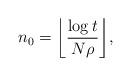
LaTeX: \begin{align*} n_0 = \biggl\lfloor\frac{\log t}{N\rho} \biggr\rfloor,\end{align*}